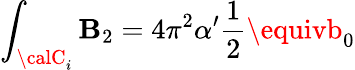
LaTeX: \int_{{\calC}_{i}}\mathbf{B}_{2}=4\pi^{2}\alpha^{\prime}\frac{{1}}{{2}}\equivb_{0}